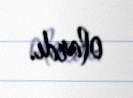
olardı.